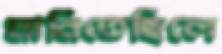
মানিতেছিলে